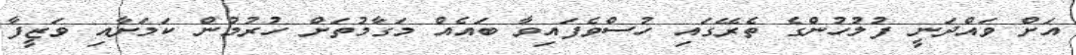
އަށް ވައްދަނީ ފުލުހުންގެ ތެރޭގައި ހުސްވެފައިވާ ބައެއް މަގާމުތަށް ހުރުމުން ކަމަށާއި ވަޒީފާ